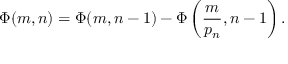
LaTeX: \Phi ( m , n ) = \Phi ( m , n - 1 ) - \Phi \left( { \frac { m } { p _ { n } } } , n - 1 \right) .